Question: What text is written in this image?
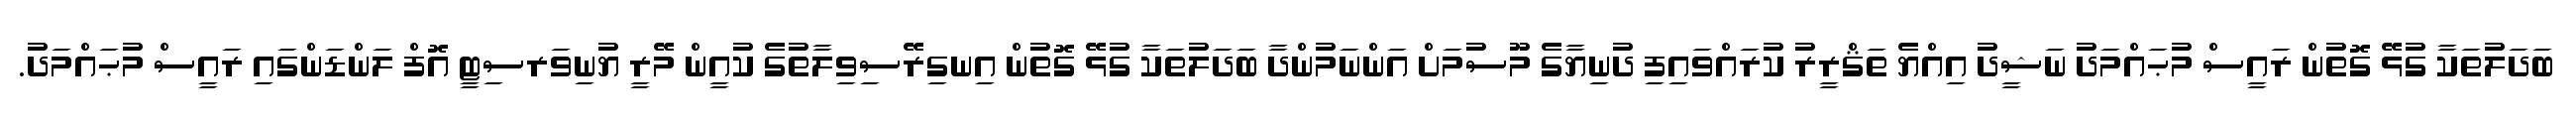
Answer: ބަދަލުތަކާ ގުޅޭ ގޮތުން ރައީސް މުޙައްމަދު ނަޝީދު އިއްޔެ ތަޤްރީރު ކުރައްވައިފި ދުނިޔާގެ މޫސުމަށް އަންނަމުންދާ ބަދަލުތަކާ ގުޅޭ ގޮތުން އިނގިރޭސިވިލާތުގެ ކުއީން މޭރީ ޔުނިވަރސިޓީ އޮފް ލަންޑަންގައި ރައީސް މުޙައްމަދު.